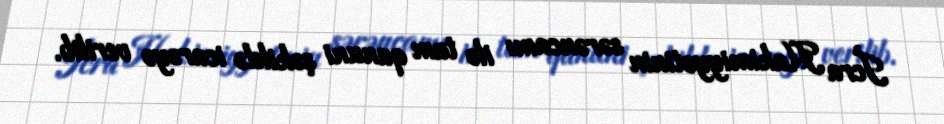
İcra Hakimiyyətinin sərəncamı ilə tam qanuni şəkildə icarəyə verilib.